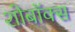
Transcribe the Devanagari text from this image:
शोबॉक्स